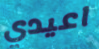
اعيدي